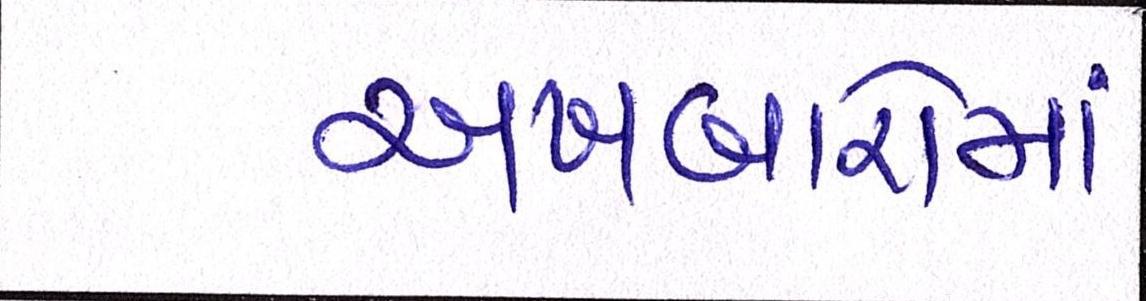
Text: અખબારોમાં